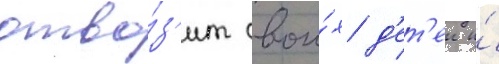
отво́з'ит свои́х д'ет'еи и́